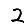
Digit: 2